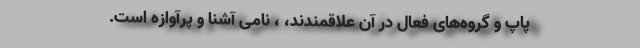
پاپ و گروه‌های فعال در آن علاقمندند، ، نامی آشنا و پرآوازه‌ است.